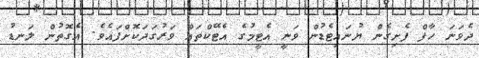
ދެވަނަ ހާފް ފެށިގެން ޔުނައިޓެޑުން ވަނީ އެޓީމުގެ އެޓޭކްތައް ވަރުގަދަކޮށްފައެވެ. އެގޮތުން ލަނޑު